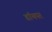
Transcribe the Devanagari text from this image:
डॉयपर